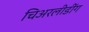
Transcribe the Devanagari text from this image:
चिअरलीडींग